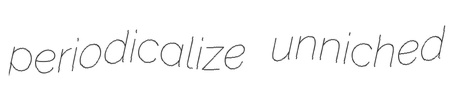
periodicalize unniched